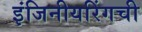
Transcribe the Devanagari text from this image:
इंजिनीयरिंगची